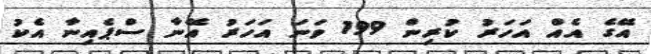
އޭގެ އެއް އަހަރު ކުރިން 199 ވަނަ އަހަރު އޭނާ ސްޕެއިނާ އެކު